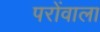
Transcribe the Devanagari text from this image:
परोंवाला